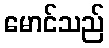
မောင်သည်